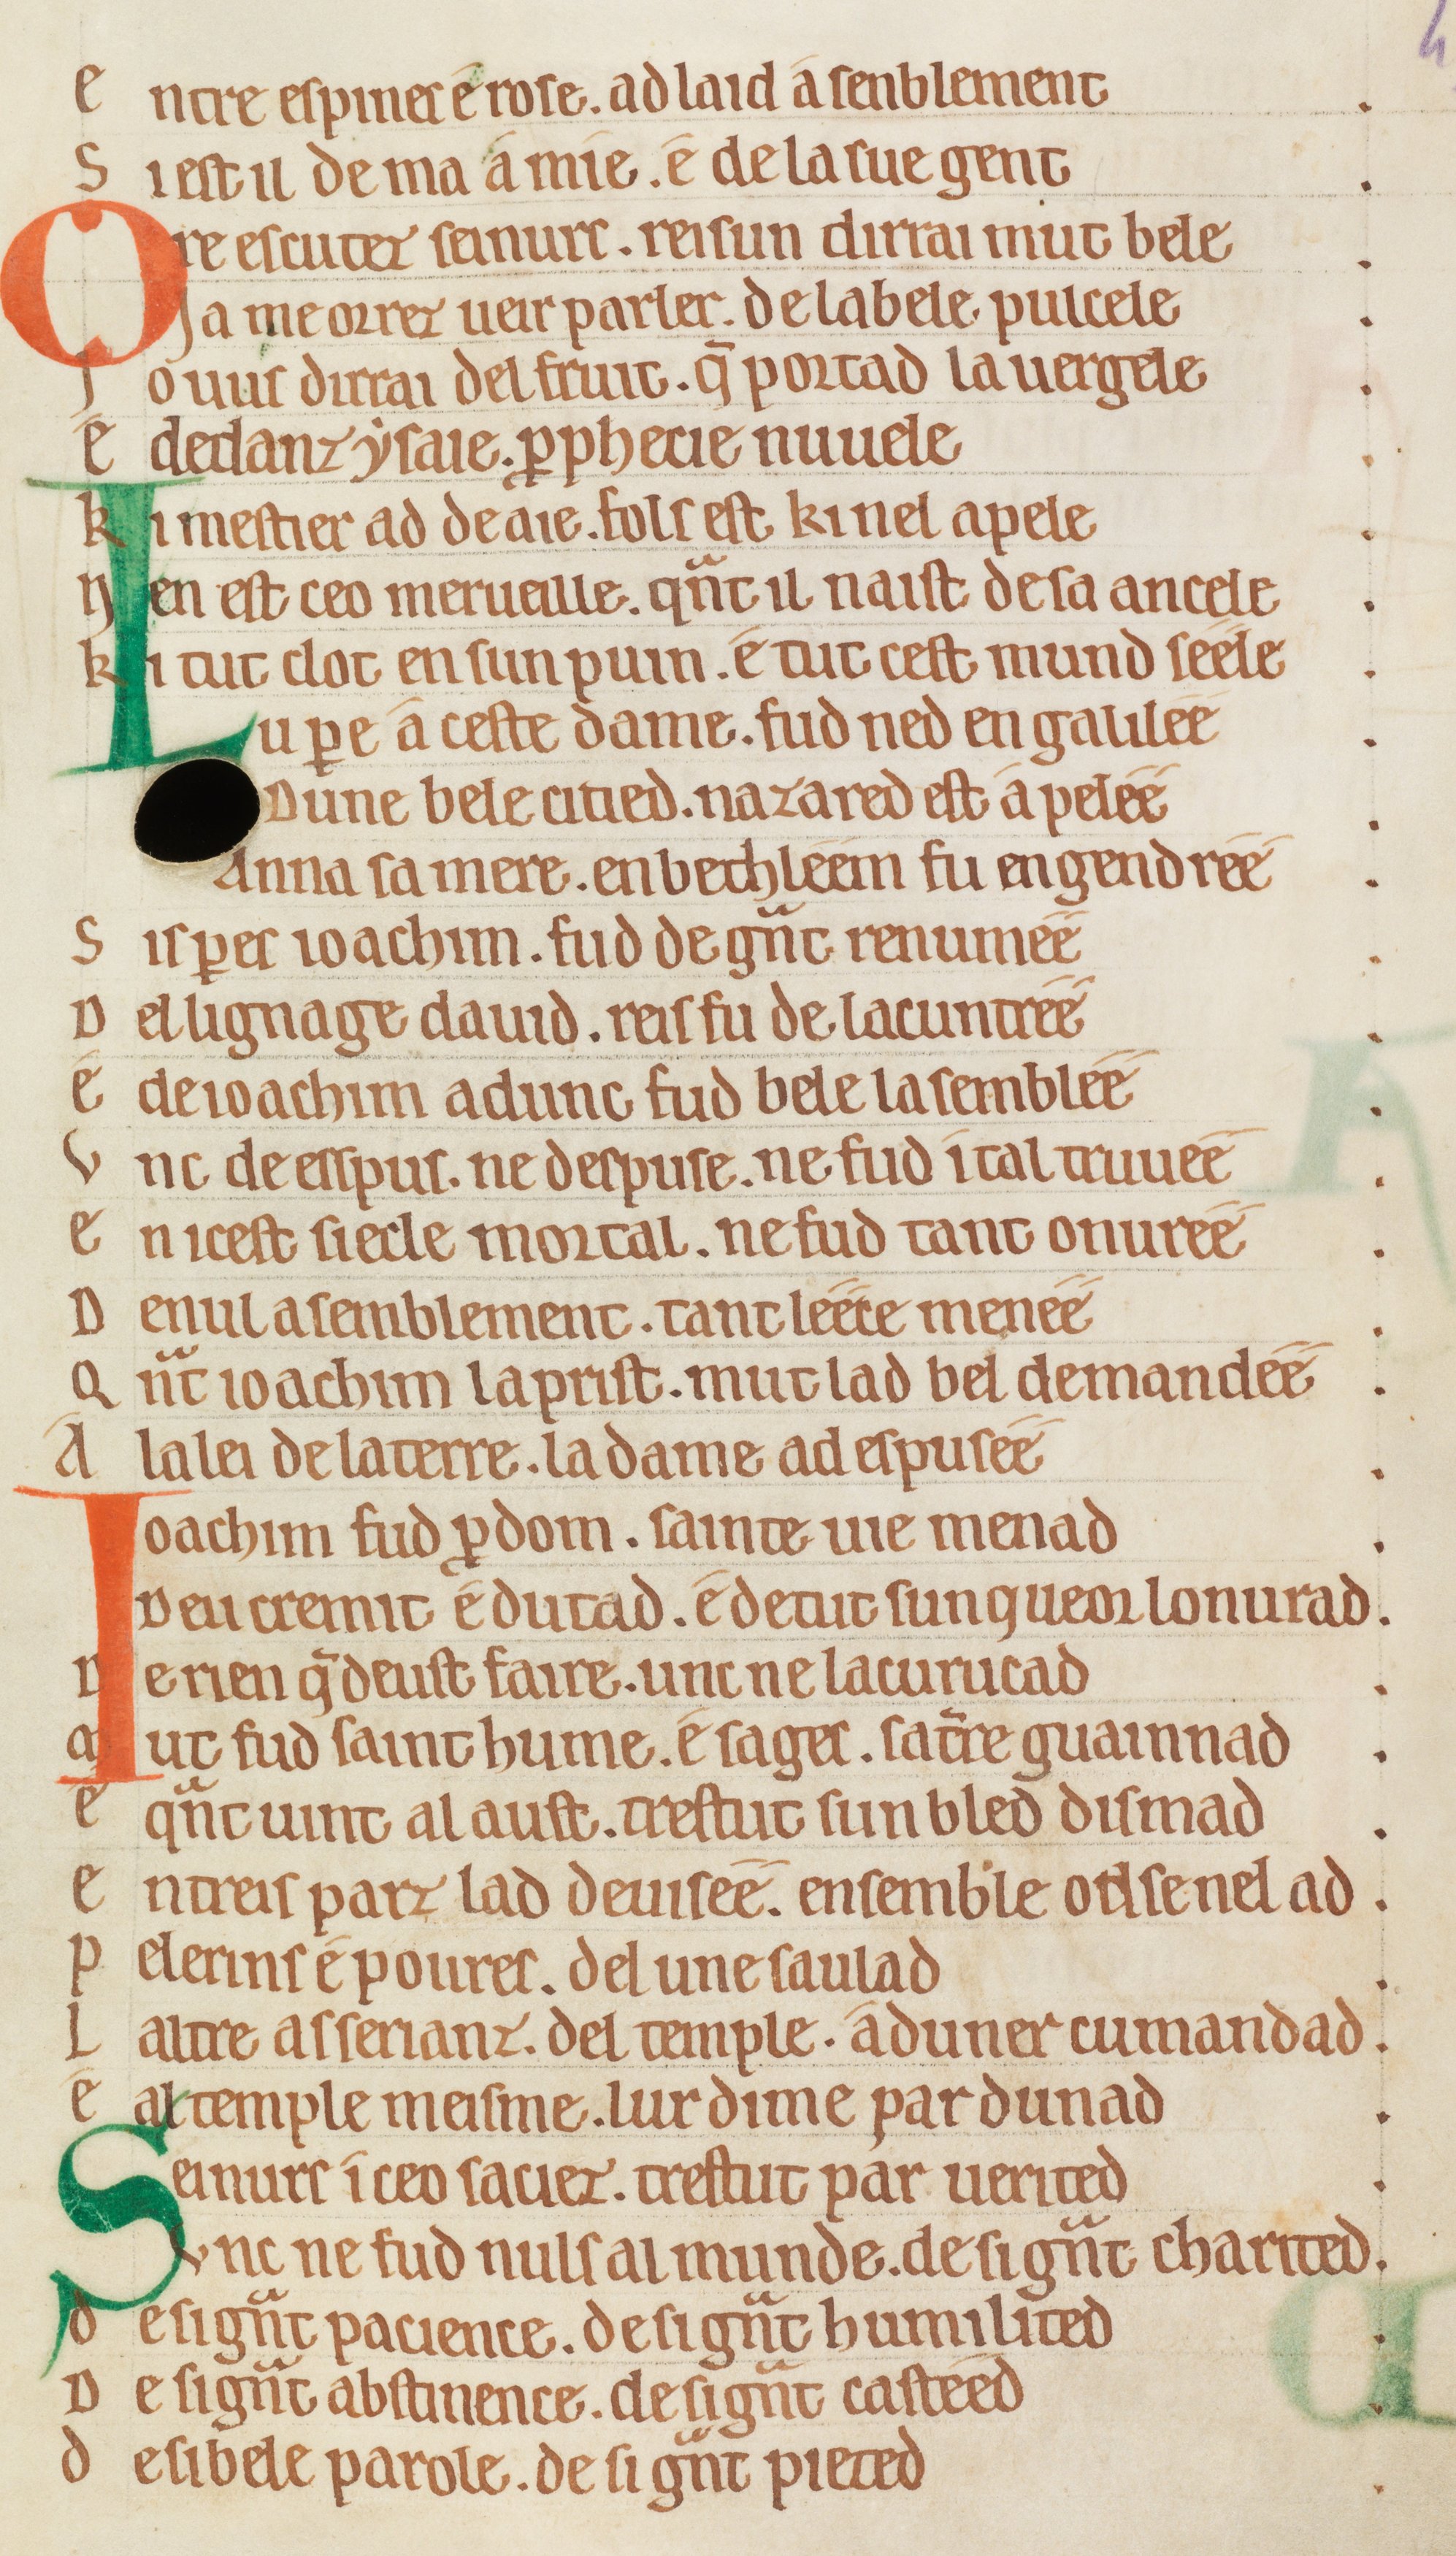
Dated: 1175–1199